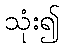
သုံး၍